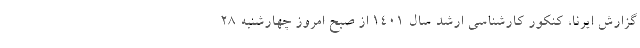
گزارش ایرنا، کنکور کارشناسی ارشد سال ۱۴۰۱ از صبح امروز چهارشنبه ۲۸